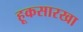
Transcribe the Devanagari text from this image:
हूकसारखा